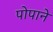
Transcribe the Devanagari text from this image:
पोपाने